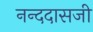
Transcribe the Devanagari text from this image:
नन्ददासजी